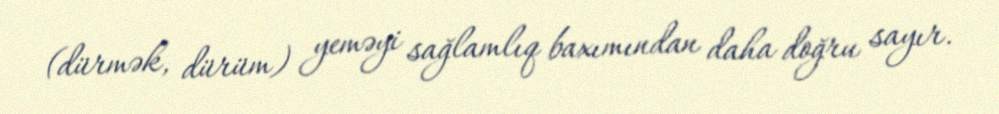
(dürmək, dürüm) yeməyi sağlamlıq baxımından daha doğru sayır.